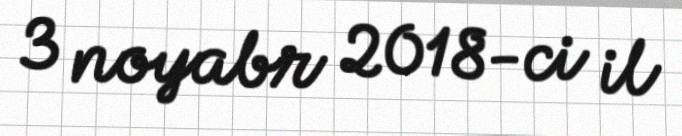
3 noyabr 2018-ci il